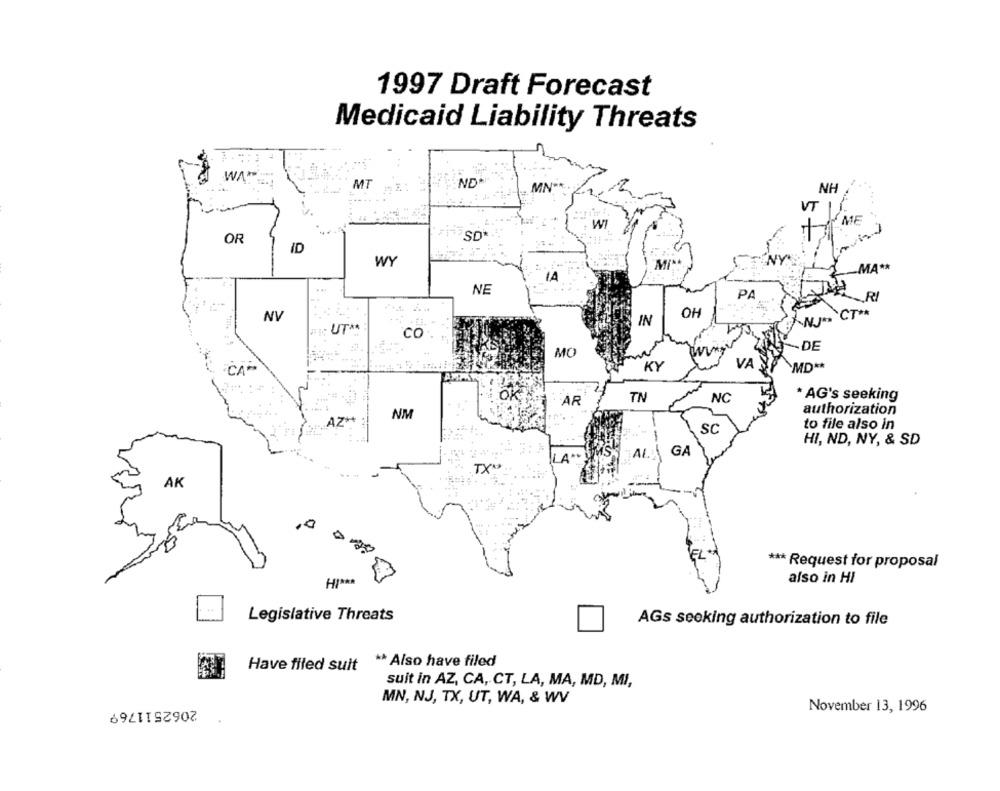
1997 Draft Forecast
Medicaid Liability Threats
WATE
ND
MT
MN*
NH
VT |
WI
SD
OR
ID
WY
-MA **
IA
NE
PA
RI
OH
J. CT **
NV
IN
: UT **
Co
-DE
MO
VA
KY
`MD **
AR
TN
NC
* AG's seeking
authorization
NM
AZ+
-
to file also in
SC
-
HI, ND, NY, & SD
GA
LA **
TX.
AK
EL
*** Request for proposal
also in HI
Legislative Threats
AGs seeking authorization to file
** Also have filed
Have filed suit
suit in AZ, CA, CT, LA, MA, MD, MI,
2062511769
MN, NJ, TX, UT, WA, & WV
November 13, 1996